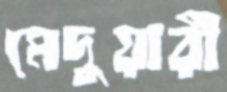
মেদুয়ারী